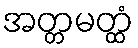
အတ္တမတ္ထံ